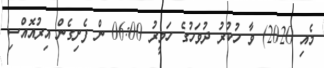
މެއި 2020) ވާ ހުކުރު ދުވަހުގެ ހަވީރު 06:00 ން ފެށިގެން އިރުއޮއްސި